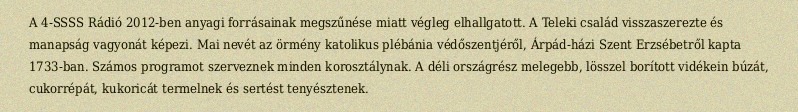
A 4-SSSS Rádió 2012-ben anyagi forrásainak megszűnése miatt végleg elhallgatott. A Teleki család visszaszerezte és manapság vagyonát képezi. Mai nevét az örmény katolikus plébánia védőszentjéről, Árpád-házi Szent Erzsébetről kapta 1733-ban. Számos programot szerveznek minden korosztálynak. A déli országrész melegebb, lösszel borított vidékein búzát, cukorrépát, kukoricát termelnek és sertést tenyésztenek.